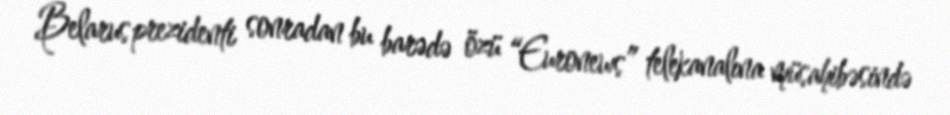
Belarus prezidenti sonradan bu barədə özü “Euronews” telekanalına müsahibəsində